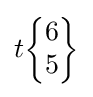
t{\begin{Bmatrix}6\\5\end{Bmatrix}}